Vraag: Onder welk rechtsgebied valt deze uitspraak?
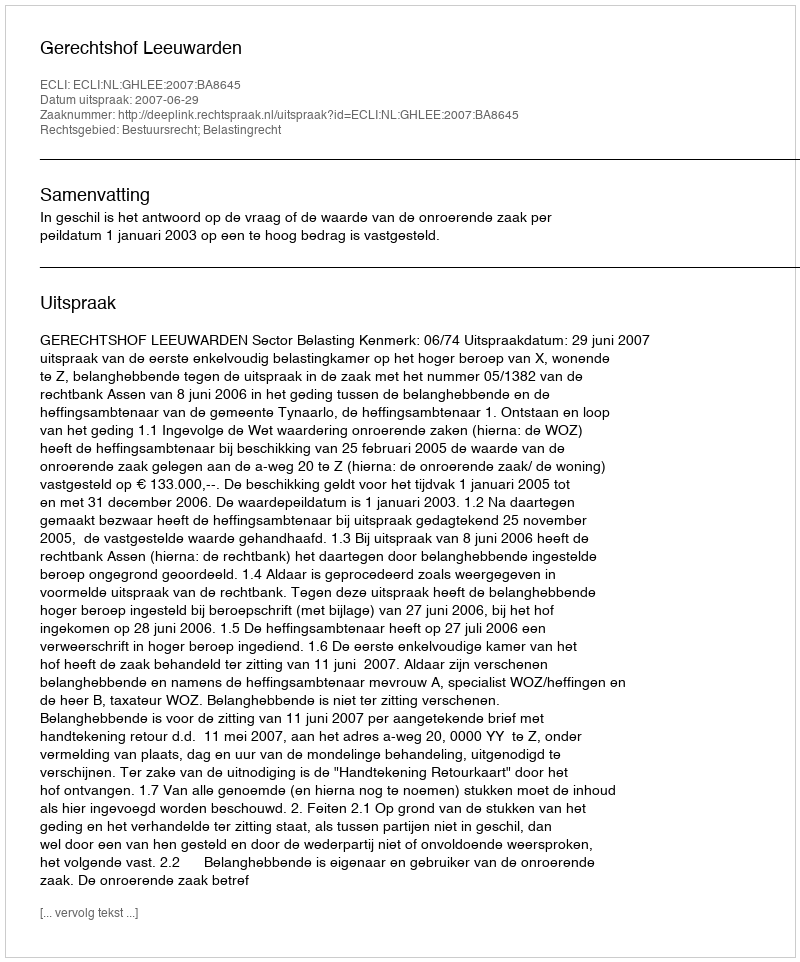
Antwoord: Bestuursrecht; Belastingrecht